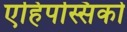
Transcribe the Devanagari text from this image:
एहिपस्सिको